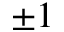
\pm 1